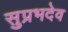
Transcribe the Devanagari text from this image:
सुप्रभदेव